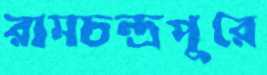
রামচন্দ্রপুরে